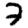
Digit: 7